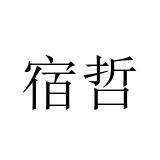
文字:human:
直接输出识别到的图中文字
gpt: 宿哲